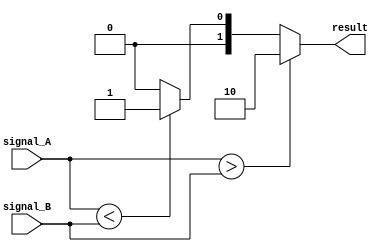
module Comparator (
    input wire [7:0] signal_A,
    input wire [7:0] signal_B,
    output reg [1:0] result
);

always @ (*) begin
    if (signal_A > signal_B) begin
        result = 2'b10; // signal_A is greater than signal_B
    end else if (signal_A < signal_B) begin
        result = 2'b01; // signal_A is less than signal_B
    end else begin
        result = 2'b00; // signal_A is equal to signal_B
    end
end

endmodule